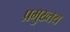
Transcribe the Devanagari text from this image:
प्रमुख्तय